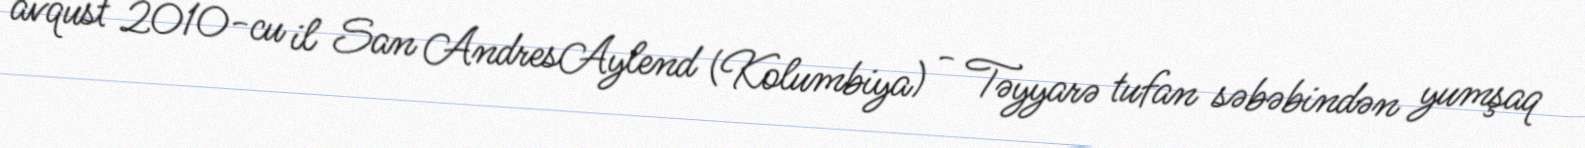
avqust 2010-cu il San AndresAylend (Kolumbiya) - Təyyarə tufan səbəbindən yumşaq